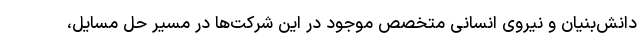
دانش‌بنیان و نیروی انسانی متخصص موجود در این شرکت‌ها در مسیر حل مسایل،